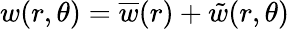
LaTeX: w(r,\theta)=\overline{{w}}(r)+\tilde{w}(r,\theta)